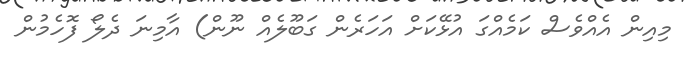
މިއިން އެއްވެސް ކަމެއްގަ އުޅޭކަށް އަހަރެން ގަބޫލެއް ނޫން) އާމިނަ ދެލޯ ފޮހެމުން